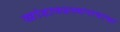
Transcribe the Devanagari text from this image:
खांडावप्रस्थनावाचा